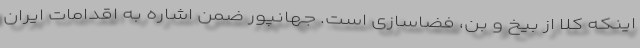
اینکه کلا از بیخ و بن، فضاسازی است. جهانپور ضمن اشاره به اقدامات ایران